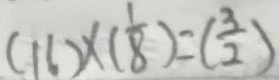
( 1 1 ) \times ( \frac { 1 } { 8 } ) = ( \frac { 3 } { 2 } )